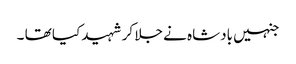
جنہیں بادشاہ نے جلا کر شہید کیا تھا ۔